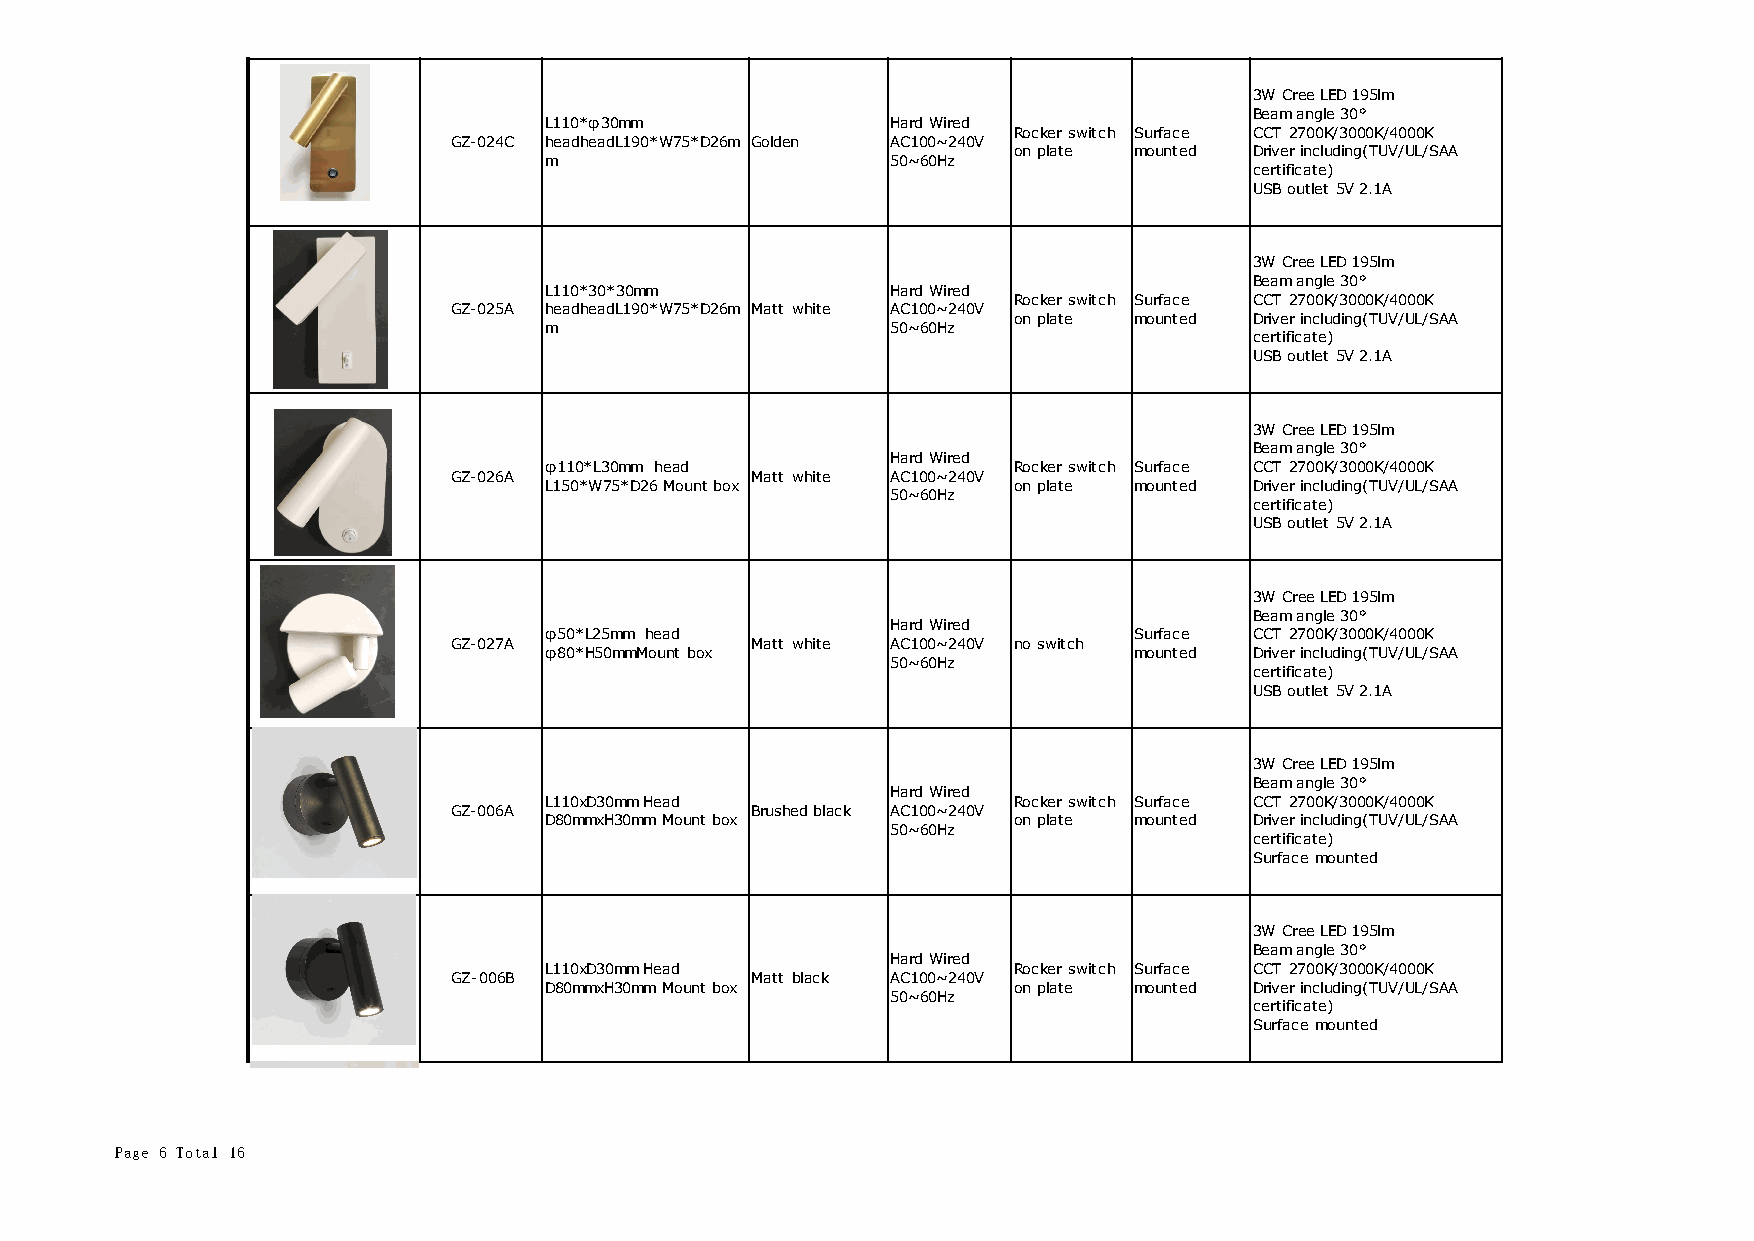
3W Cree LED 195lm
 Beam angle 30°
 L110*φ30mm             Hard Wired
 Rocker switch Surface CCT 2700K/3000K/4000K
 GZ-024C headheadL190*W75*D26m Golden AC100~240V
 on plate mounted Driver including(TUV/UL/SAA
 m                      50~60Hz
 certificate)
 USB outlet 5V 2.1A
 3W Cree LED 195lm
 Beam angle 30°
 L110*30*30mm           Hard Wired
 Rocker switch Surface CCT 2700K/3000K/4000K
 GZ-025A headheadL190*W75*D26m Matt white AC100~240V
 on plate mounted Driver including(TUV/UL/SAA
 m                      50~60Hz
 certificate)
 USB outlet 5V 2.1A
 3W Cree LED 195lm
 Beam angle 30°
 Hard Wired
 φ110*L30mm head                Rocker switch Surface CCT 2700K/3000K/4000K
 GZ-026A             Matt white AC100~240V
 L150*W75*D26 Mount box         on plate mounted Driver including(TUV/UL/SAA
 50~60Hz
 certificate)
 USB outlet 5V 2.1A
 3W Cree LED 195lm
 Beam angle 30°
 Hard Wired
 φ50*L25mm head                         Surface CCT 2700K/3000K/4000K
 GZ-027A             Matt white AC100~240V no switch
 φ80*H50mmMount box                     mounted Driver including(TUV/UL/SAA
 50~60Hz
 certificate)
 USB outlet 5V 2.1A
 3W Cree LED 195lm
 Beam angle 30°
 Hard Wired
 L110xD30mm Head                Rocker switch Surface CCT 2700K/3000K/4000K
 GZ-006A             Brushed black AC100~240V
 D80mmxH30mm Mount box          on plate mounted Driver including(TUV/UL/SAA
 50~60Hz
 certificate)
 Surface mounted
 3W Cree LED 195lm
 Beam angle 30°
 Hard Wired
 L110xD30mm Head                Rocker switch Surface CCT 2700K/3000K/4000K
 GZ-006B             Matt black AC100~240V
 D80mmxH30mm Mount box          on plate mounted Driver including(TUV/UL/SAA
 50~60Hz
 certificate)
 Surface mounted
 Page 6 Total 16